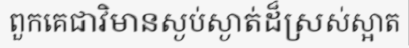
ពួកគេជាវិមានស្ងប់ស្ងាត់ដ៏ស្រស់ស្អាត